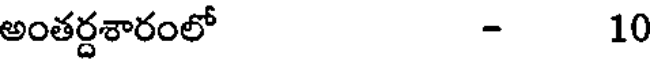
అంతర్దశారంలో - 10